Treatise on elephants
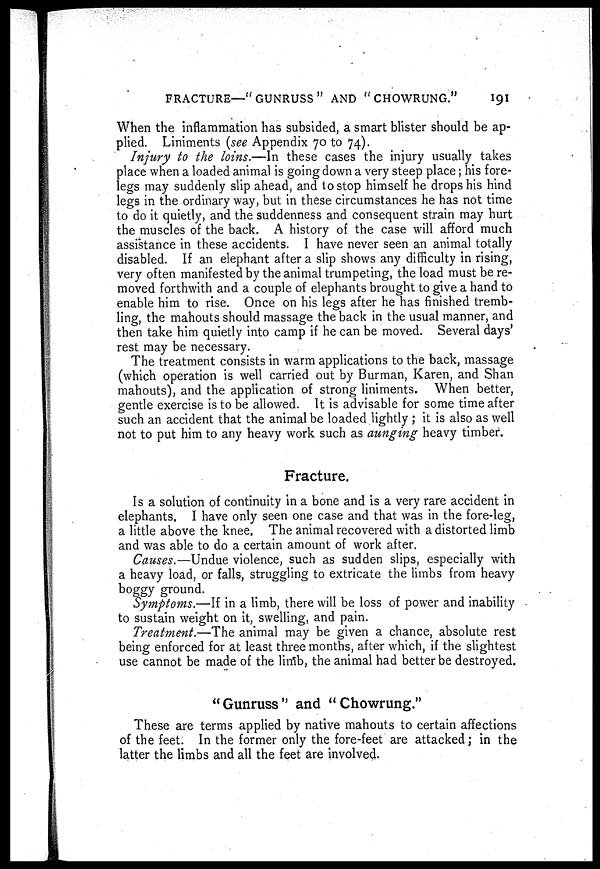
FRACTURE—" GUNRUSS " AND " CHOWRUNG."
191
When the inflammation has subsided, a smart blister should be ap-
plied. Liniments (see Appendix 70 to 74).
Injury to the loins.—In these cases the injury usually takes
place when a loaded animal is going down a very steep place; his fore-
legs may suddenly slip ahead, and to stop himself he drops his hind
legs in the ordinary way, but in these circumstances he has not time
to do it quietly, and the suddenness and consequent strain may hurt
the muscles of the back. A history of the case will afford much
assistance in these accidents. I have never seen an animal totally
disabled. If an elephant after a slip shows any difficulty in rising,
very often manifested by the animal trumpeting, the load must be re-
moved forthwith and a couple of elephants brought to give a hand to
enable him to rise. Once on his legs after he has finished tremb-
ling, the mahouts should massage the back in the usual manner, and
then take him quietly into camp if he can be moved. Several days'
rest may be necessary.
The treatment consists in warm applications to the back, massage
(which operation is well carried out by Burman, Karen, and Shan
mahouts), and the application of strong liniments. When better,
gentle exercise is to be allowed. It is advisable for some time after
such an accident that the animal be loaded lightly ; it is also as well
not to put him to any heavy work such as aunging heavy timber.
Fracture.
Is a solution of continuity in a bone and is a very rare accident in
elephants. I have only seen one case and that was in the fore-leg,
a little above the knee. The animal recovered with a distorted limb
and was able to do a certain amount of work after.
Causes.—Undue violence, such as sudden slips, especially with
a heavy load, or falls, struggling to extricate the limbs from heavy
boggy ground.
Symptoms.—If in a limb, there will be loss of power and inability
to sustain weight on it, swelling, and pain.
Treatment.—The animal may be given a chance, absolute rest
being enforced for at least three months, after which, if the slightest
use cannot be made of the limb, the animal had better be destroyed.
"Gunruss" and "Chowrung."
These are terms applied by native mahouts to certain affections
of the feet. In the former only the fore-feet are attacked; in the
latter the limbs and all the feet are involved.